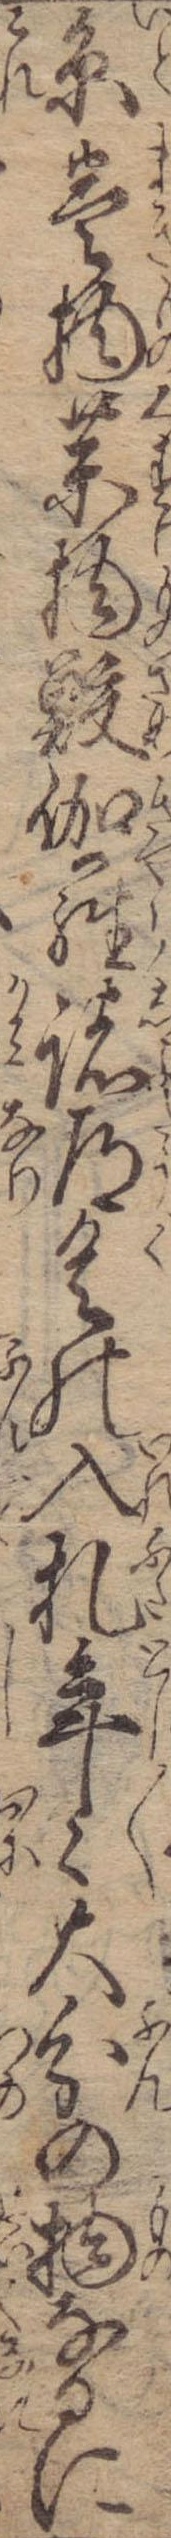
糸巻物薬物鮫伽羅諸道具の入札年々大分の物なるに